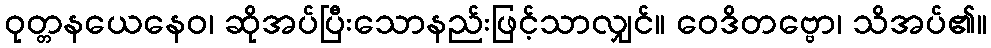
ဝုတ္တနယေနေဝ၊ ဆိုအပ်ပြီးသောနည်းဖြင့်သာလျှင်။ ဝေဒိတဗ္ဗော၊ သိအပ်၏။